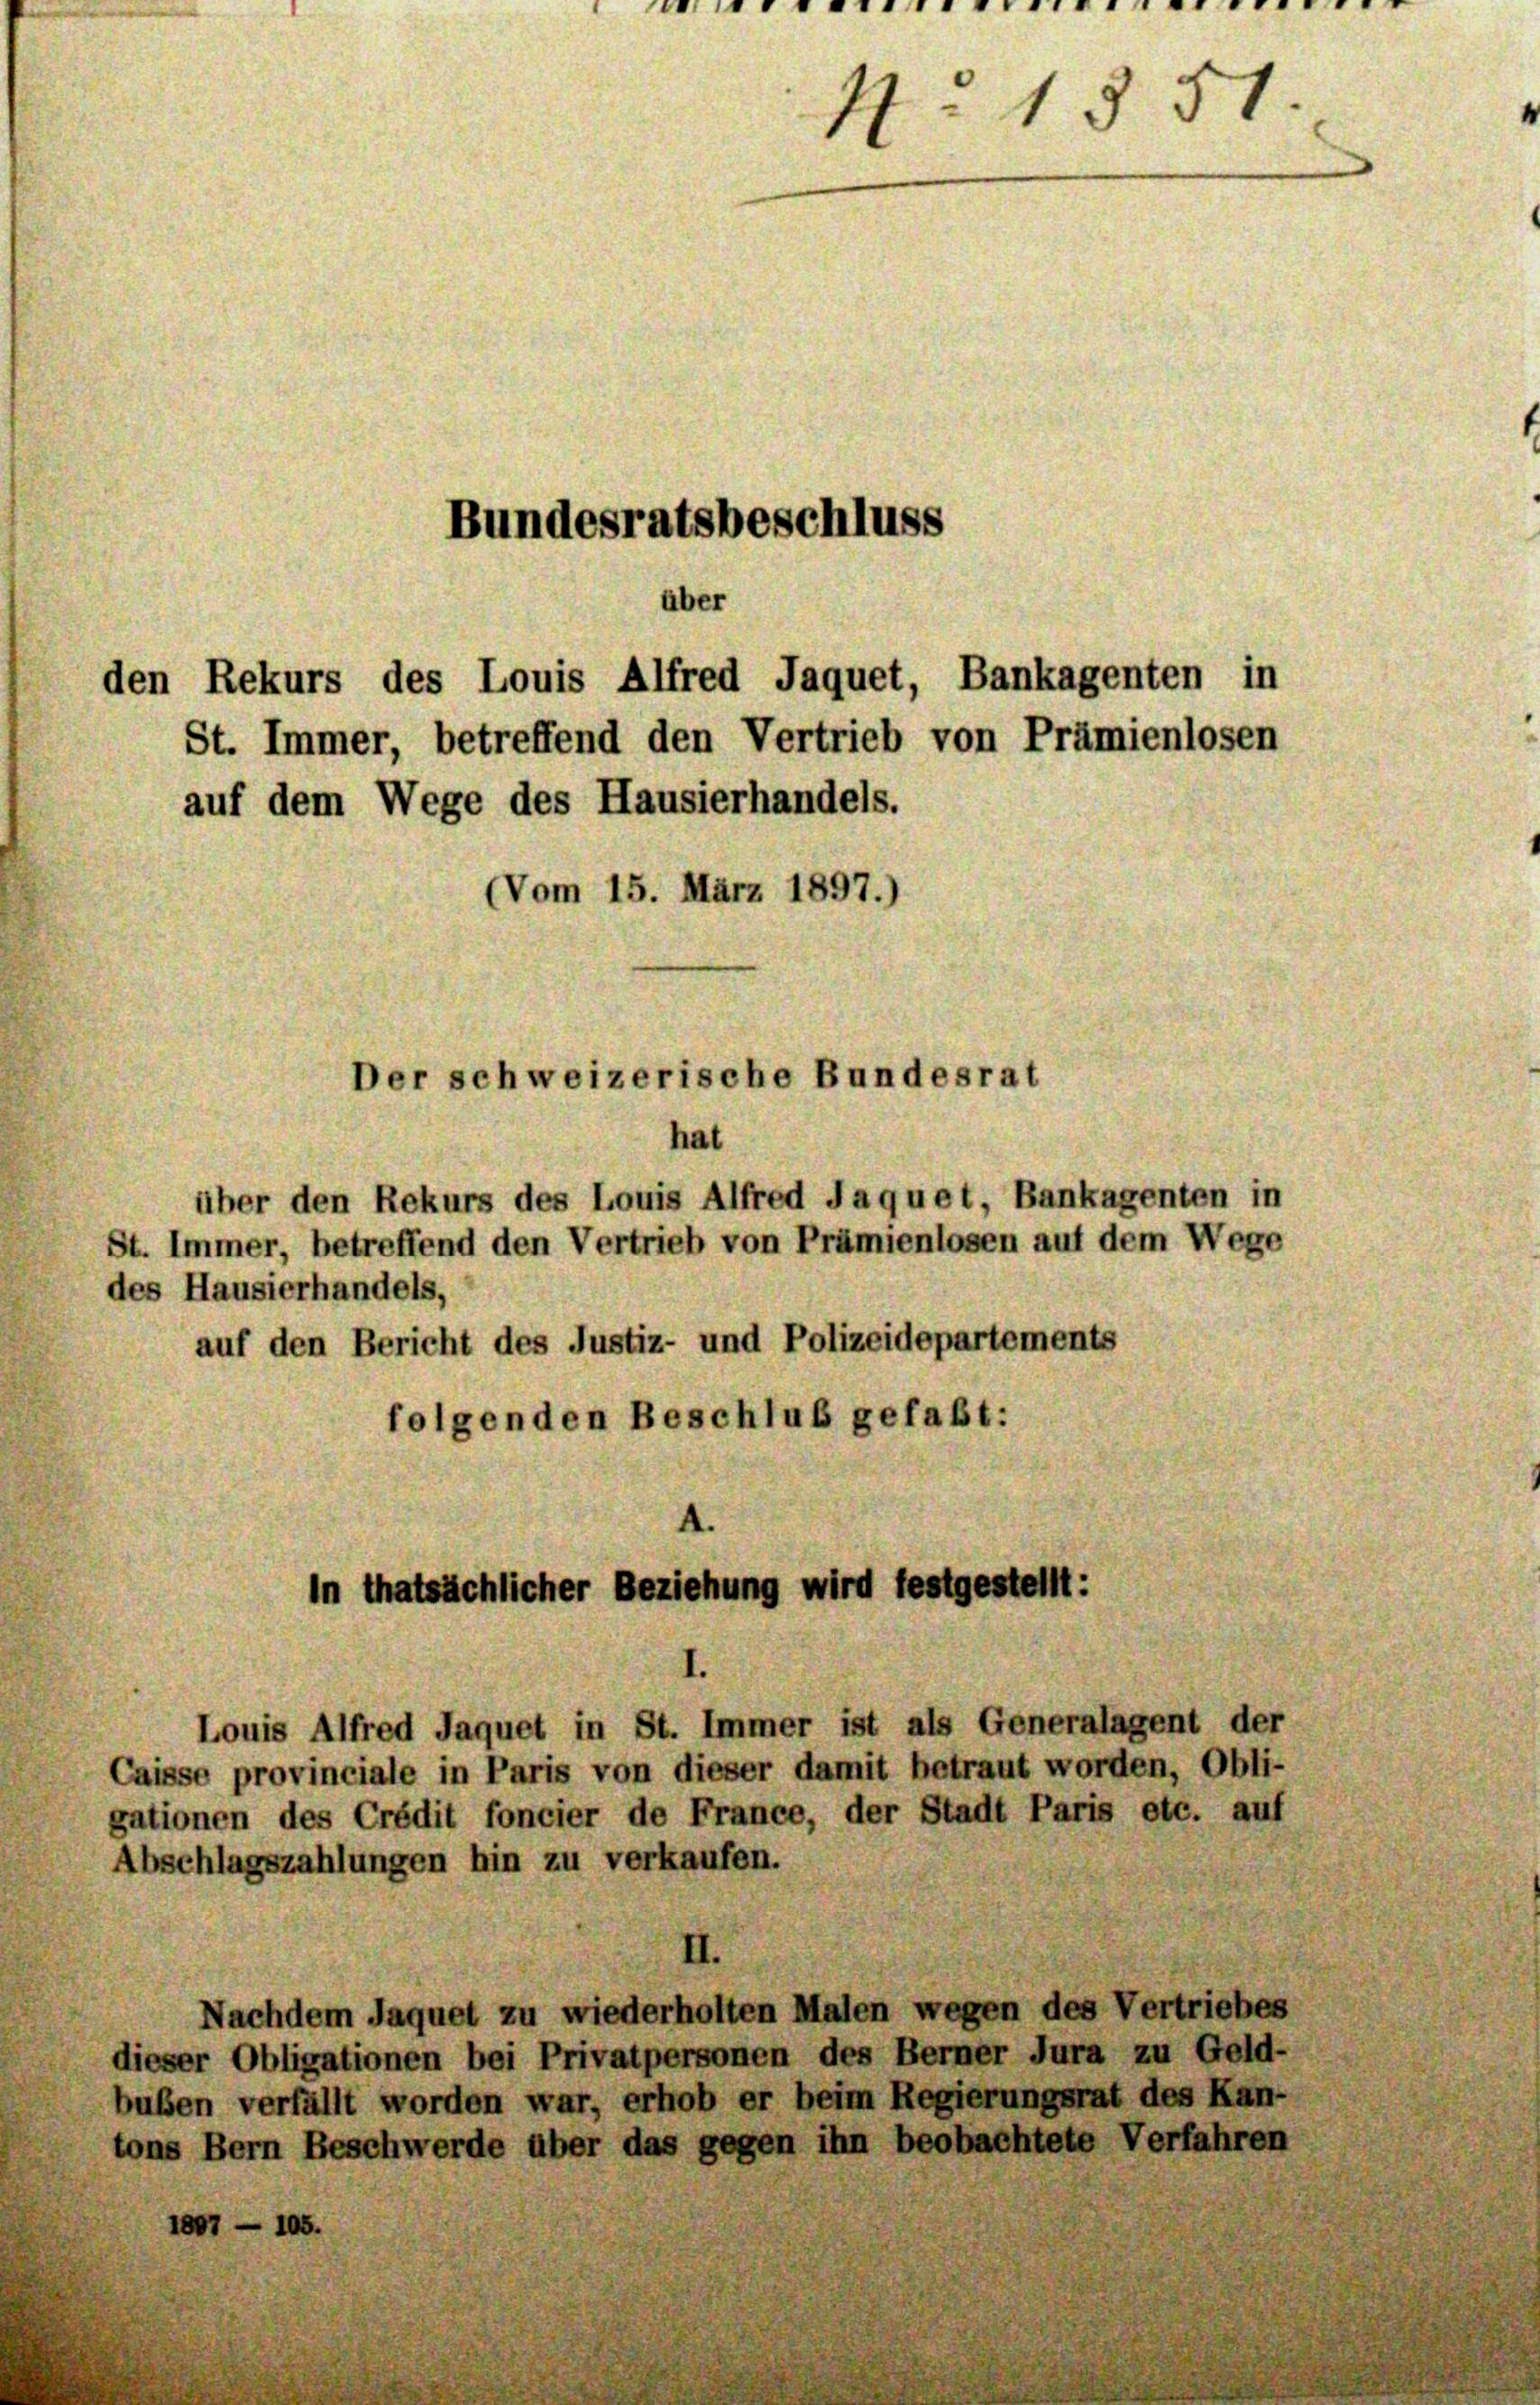
N. 1851.
Bundesratsbeschluss

den Rekurs des Louis Alfred Jaquet, Bankagenten in
St. Immer, betreffend den Vertrieb von Prämienlosen

auf dem Wege des Hausierhandels.
(Vom 15. März 1897.)
Der schweizerische Bundesrat
hat
über den Rekurs des Louis Alfred Jaquet, Bankagenten in
St. Immer, betreffend den Vertrieb von Prämienlosen auf dem Wege
des Hausierhandels,
auf den Bericht des Justiz- und Polizeidepartements
folgenden Beschluß gefaßt:

.

über

in thatsächlicher Beziehung wird festgestellt:

Louis Alfred Jaquet in St. Immer ist als Generalagent der
Caisse provinciale in Paris von dieser damit betraut worden, Obli-
gationen des Crédit foncier de France, der Stadt Paris etc. auf
Abschlagszahlungen hin zu verkaufen.
Nachdem Jaquet zu wiederholten Malen wegen des Vertriebes
dieser Obligationen bei Privatpersonen des Berner Jura zu Geld-
buben verfällt worden war, erhob er beim Regierungsrat des Kan-
tons Bern Beschwerde über das gegen ihn beobachtete Verfü
1807 - 105.